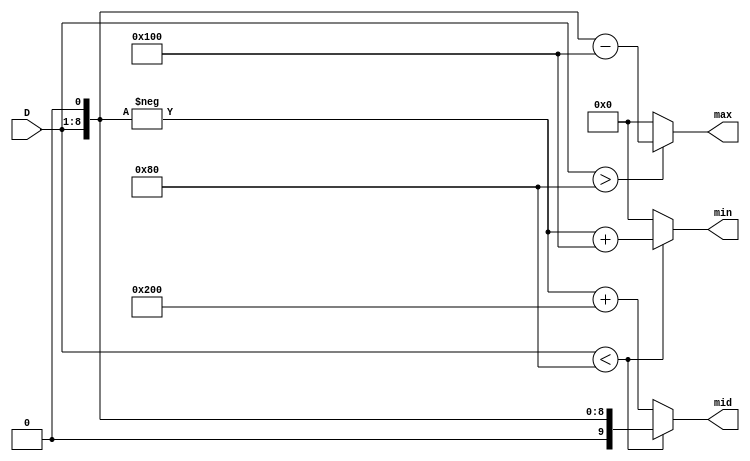
`timescale 1ns / 1ps
//////////////////////////////////////////////////////////////////////////////////
// Company: 
// Engineer: 
// 
// Design Name: 
// Module Name: fuzzy_val
// Project Name: 
// Target Devices: 
// Tool Versions: 
// Description: 
// 
// Dependencies: 
// 
// Revision:
// Revision 0.01 - File Created
// Additional Comments:
// 
//////////////////////////////////////////////////////////////////////////////////


module fuzzy_val(
    input [7:0] D,
    output [9:0] min,
    output [9:0] mid,
    output [9:0] max
    );
    
    assign min = (D < (1<<7)) ? -(D<<1) + (1<<8) : 0               ;  
    assign max = (D > (1<<7)) ?  (D<<1) - (1<<8) : 0               ;
    assign mid = (D < (1<<7)) ?  (D<<1)          : -(D<<1) + (1<<9); 
    
endmodule